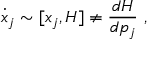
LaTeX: { \dot { x } _ { j } } \sim [ x _ { j } , H ] \neq { \frac { d H } { d p _ { j } } } ~ ,